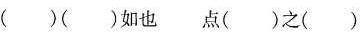
( )( )如也 点( )之( )